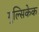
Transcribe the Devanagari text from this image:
गुल्सिकेक